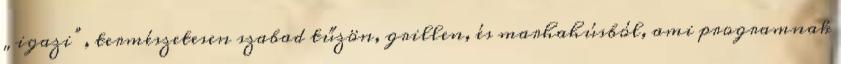
„igazi”, természetesen szabad tűzön, grillen, és marhahúsból, ami programnak